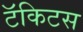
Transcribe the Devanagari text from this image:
टॅकिटस